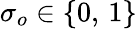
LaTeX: \sigma_{o}\in\{ 0,\, 1\}